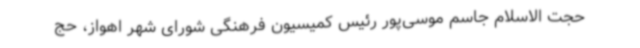
حجت الاسلام جاسم موسی‌پور رئیس کمیسیون فرهنگی شورای شهر اهواز، حج